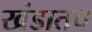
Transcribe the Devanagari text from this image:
खंडातच